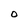
Character: 0